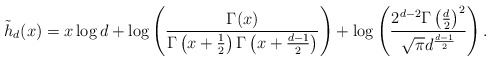
\begin{align*}\tilde{h}_d(x) = x\log d + \log\left(\frac{\Gamma(x)}{\Gamma\left(x+\frac{1}{2}\right)\Gamma\left(x+\frac{d-1}{2}\right)}\right)+\log\left(\frac{2^{d-2}\Gamma\left(\frac{d}{2}\right)^2}{\sqrt{\pi}d^{\frac{d-1}{2}}}\right).\end{align*}